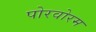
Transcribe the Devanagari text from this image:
पोरवोरम